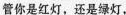
管你是红灯，还是绿灯，